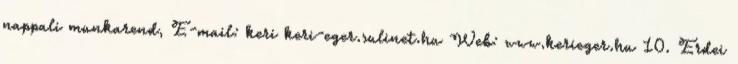
nappali munkarend, E-mail: keri keri-eger.sulinet.hu Web: www.kerieger.hu 10. Erdei